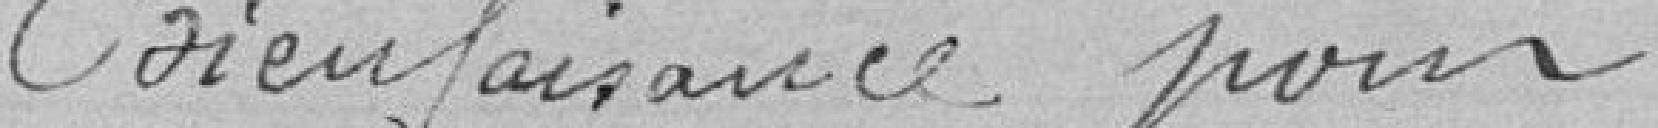
Bienfaisance pour